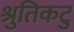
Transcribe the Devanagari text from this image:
श्रुतिकटु